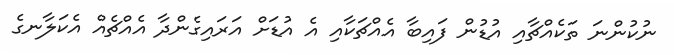
ނުކުންނަ ތަކެއްޗާއި އުޑުން ފައިބާ އެއްޗަކާއި އެ އުޑަށް އަރައިގެންދާ އެއްޗެއް އެކަލާނގެ